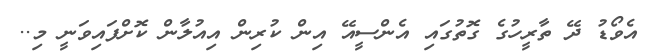
އެވޯޑު ދޭ ތާރީހުގެ ގޮތުގައި އެންސީއޭ އިން ކުރިން އިއުލާން ކޮށްފައިވަނީ މި..